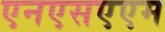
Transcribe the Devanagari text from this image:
एनएसएएम